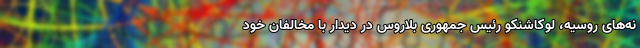
نه‌های روسیه، لوکاشنکو رئیس جمهوری بلاروس در دیدار با مخالفان خود